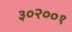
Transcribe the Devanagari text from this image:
३०२००१